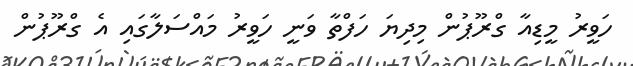
ހަވީރު މީޑިއާ ގްރޫޕުން މިދިޔަ ހަފްތާ ވަނީ ހަވީރު މައްސަލާގައި އެ ގްރޫޕުން